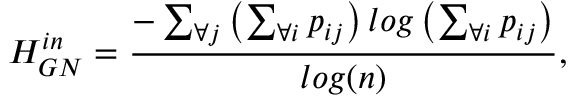
H _ { G N } ^ { i n } = \frac { - \sum _ { \forall j } \left( \sum _ { \forall i } p _ { i j } \right) l o g \left( \sum _ { \forall i } p _ { i j } \right) } { l o g ( n ) } ,